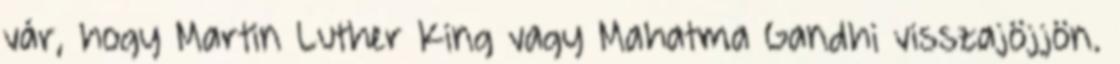
vár, hogy Martin Luther King vagy Mahatma Gandhi visszajöjjön.